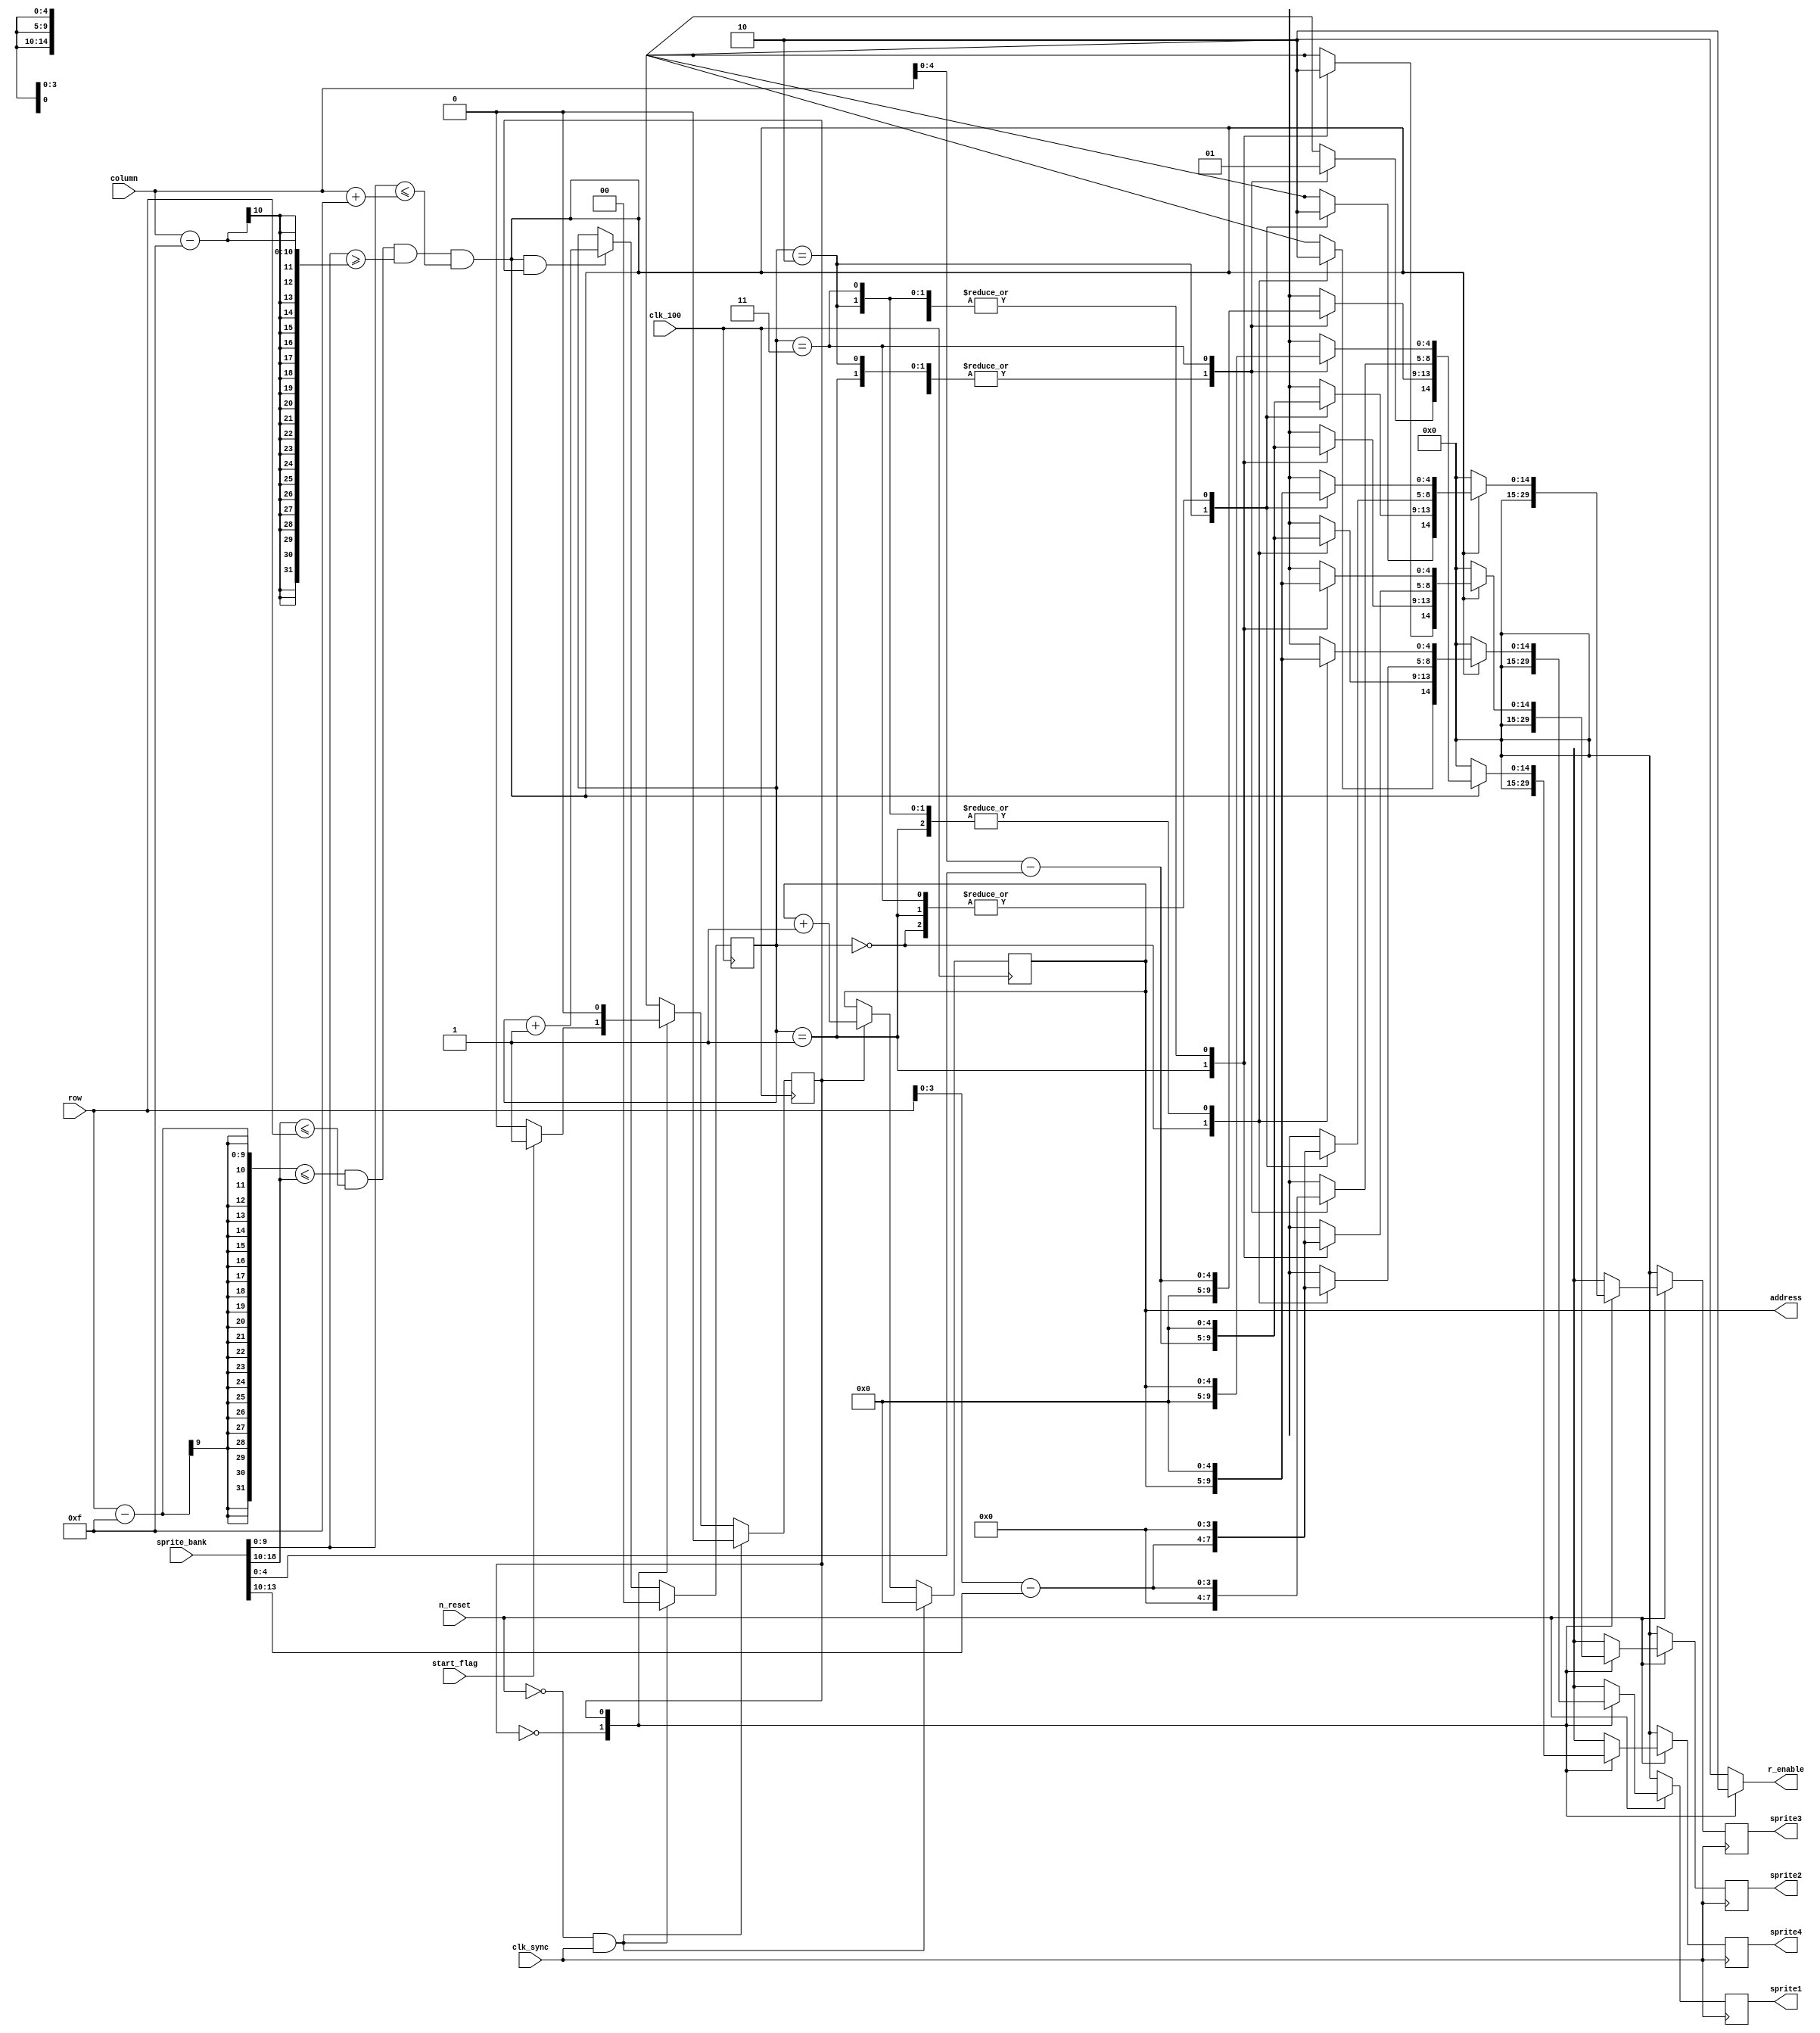
module spriteStage1(start_flag, row, column, n_reset, clk_100, clk_sync, sprite_bank, address, r_enable, sprite1, sprite2, sprite3, sprite4);
input start_flag, n_reset, clk_100, clk_sync;
input [8:0] row;
input [9:0] column;
input [18:0] sprite_bank;

output reg [14:0] sprite1, sprite2, sprite3, sprite4;
output reg [4:0] address;
output reg r_enable;

reg [14:0] sprite1reg, sprite2reg, sprite3reg, sprite4reg;
reg cstate, nstate;
reg [1:0] sprite_counter;

always@(posedge clk_sync)
begin
	if(n_reset == 0)
	begin
		sprite1 <= 0;
		sprite2 <= 0;
		sprite3 <= 0;
		sprite4 <= 0;
	end
	else
	begin
		sprite1 <= sprite1reg;
		sprite2 <= sprite2reg;
		sprite3 <= sprite3reg;
		sprite4 <= sprite4reg;
	end
end

always@(posedge clk_100)
begin
	if(n_reset == 0 && clk_sync == 1)
	begin
		address <= 0;
		sprite_counter <= 0;
		cstate <= 0;
	end
	else
	begin
		if(cstate == 1)
			address <= address + 1;
		if(((row - 15) <= sprite_bank[18:10]) && (sprite_bank[18:10] <= row) && (sprite_bank[9:0] >= (column - 15)) && (sprite_bank[9:0] <= (column + 15)) && cstate == 1)
			sprite_counter <= sprite_counter + 1;
		cstate <= nstate;
	end
end

always@(*)
begin
	case(cstate)
		0: begin
				if(start_flag == 1)
					nstate = 1;
				else
					nstate = 0;
			end
		1: nstate = 0;
	endcase
end

always@(*)
begin
	r_enable = 0;
	sprite1reg = 0;
	sprite2reg = 0;
	sprite3reg = 0;
	sprite4reg = 0;
	case(cstate)
		0: r_enable = 1;
		1: begin
				if(((row - 15) <= sprite_bank[18:10]) && (sprite_bank[18:10] <= row) && (sprite_bank[9:0] >= (column - 15)) && (sprite_bank[9:0] <= (column + 15)))
				begin
					case(sprite_counter)
						0: begin
								sprite1reg[14] = 1;
								sprite1reg[13:9] = (column - sprite_bank[9:0]);
								sprite1reg[8:5] = (row - sprite_bank[18:10]);
								sprite1reg[4:0] = address;
							end
						1: begin
								sprite2reg[14] = 1;
								sprite2reg[13:9] = (column - sprite_bank[9:0]);
								sprite2reg[8:5] = (row - sprite_bank[18:10]);
								sprite2reg[4:0] = address;
							end
						2: begin
								sprite3reg[14] = 1;
								sprite3reg[13:9] = (column - sprite_bank[9:0]);
								sprite3reg[8:5] = (row - sprite_bank[18:10]);
								sprite3reg[4:0] = address;
							end
						3: begin
								sprite4reg[14] = 1;
								sprite4reg[13:9] = (column - sprite_bank[9:0]);
								sprite4reg[8:5] = (row - sprite_bank[18:10]);
								sprite4reg[4:0] = address;
							end
					endcase
				end
			end
	endcase
end
endmodule